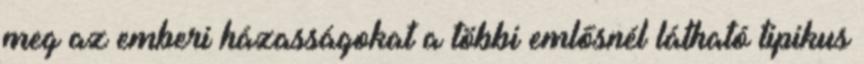
meg az emberi házasságokat a többi emlősnél látható tipikus